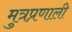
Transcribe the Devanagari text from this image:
मुत्रप्रणाली